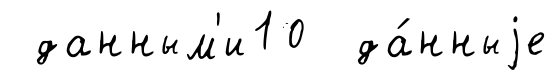
данным'и10 да́нныjе